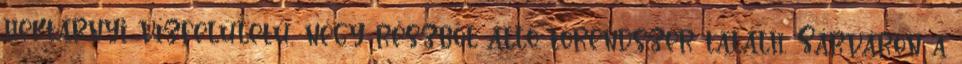
hektárnyi vízfelületű, négy részből álló tórendszer találh. Sárváron a